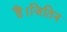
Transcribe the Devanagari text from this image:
हैं।जितिन